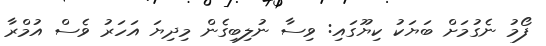
ފޯމު ނެގުމަށް ބަޔަކު ކިޔޫގައި: ވިސާ ނުލިބިގެން މިދިޔަ އަހަރު ވެސް އުމްރާ